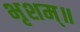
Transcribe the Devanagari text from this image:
भृशम्॥